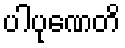
ပါပုဏေတိ